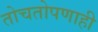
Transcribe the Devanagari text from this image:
तोचतोपणाही